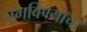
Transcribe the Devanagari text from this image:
जगविण्याचा